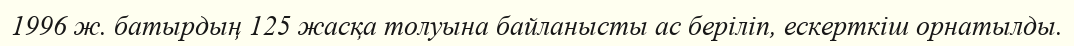
1996 ж. батырдың 125 жасқа толуына байланысты ас беріліп, ескерткіш орнатылды.